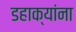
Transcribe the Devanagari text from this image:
डहाक्यांना